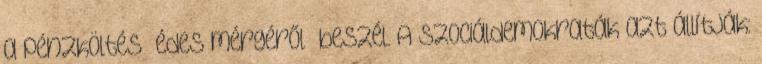
a pénzköltés “édes mérgéről” beszél. A szociáldemokraták azt állítják: